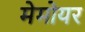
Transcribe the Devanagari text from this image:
मेमोयर